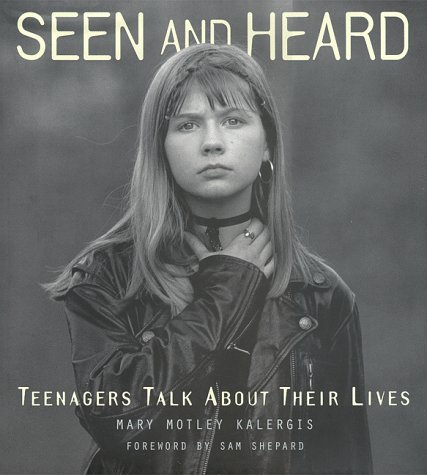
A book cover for Seen and Heard: Teenagers Talk About Their Lives; Mary Motely Kalergis; Teen & Young Adult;